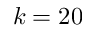
k = 2 0